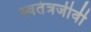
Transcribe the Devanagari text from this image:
स्वतंत्रजीवी